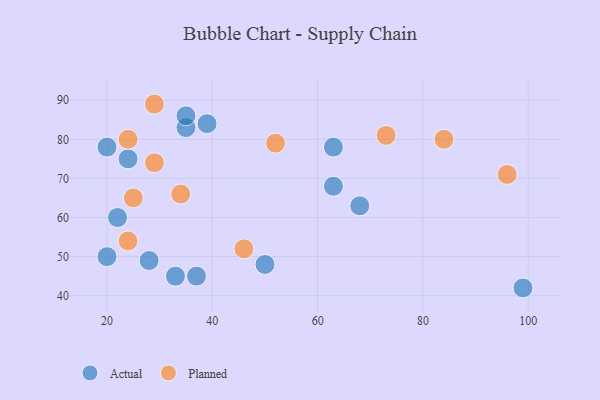
{"axis": {"x": "GDP", "y": "Life Expectancy"}, "legend": ["Actual", "Planned"], "data": [{"x": "20", "y": 50, "type": "Actual"}, {"x": "37", "y": 45, "type": "Actual"}, {"x": "35", "y": 83, "type": "Actual"}, {"x": "35", "y": 86, "type": "Actual"}, {"x": "22", "y": 60, "type": "Actual"}, {"x": "63", "y": 68, "type": "Actual"}, {"x": "39", "y": 84, "type": "Actual"}, {"x": "63", "y": 78, "type": "Actual"}, {"x": "28", "y": 49, "type": "Actual"}, {"x": "99", "y": 42, "type": "Actual"}, {"x": "24", "y": 75, "type": "Actual"}, {"x": "50", "y": 48, "type": "Actual"}, {"x": "20", "y": 78, "type": "Actual"}, {"x": "33", "y": 45, "type": "Actual"}, {"x": "68", "y": 63, "type": "Actual"}, {"x": "46", "y": 52, "type": "Planned"}, {"x": "29", "y": 74, "type": "Planned"}, {"x": "34", "y": 66, "type": "Planned"}, {"x": "24", "y": 80, "type": "Planned"}, {"x": "73", "y": 81, "type": "Planned"}, {"x": "29", "y": 89, "type": "Planned"}, {"x": "24", "y": 54, "type": "Planned"}, {"x": "96", "y": 71, "type": "Planned"}, {"x": "25", "y": 65, "type": "Planned"}, {"x": "52", "y": 79, "type": "Planned"}, {"x": "84", "y": 80, "type": "Planned"}]}